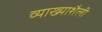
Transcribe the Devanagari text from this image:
व्याख्याशैली